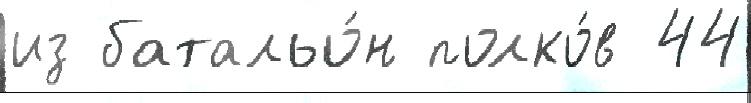
из батальо́н полко́в 44